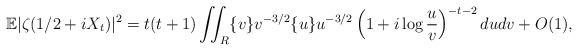
LaTeX: \begin{align*}\mathbb{E} |\zeta(1/2+iX_t)|^2 = t(t+1) \iint_R \{v\} v^{-3/2} \{u\} u^{-3/2} \left(1+i\log\frac{u}{v}\right)^{-t-2} dudv + O(1),\end{align*}